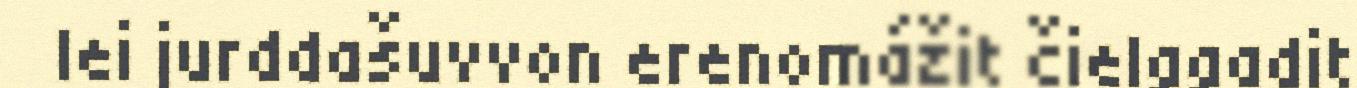
lei jurddašuvvon erenomážit čielggadit